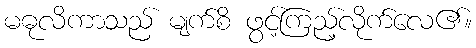
မဓုလိကာသည် မျက်စိ ဖွင့်ကြည့်လိုက်လေ၏။